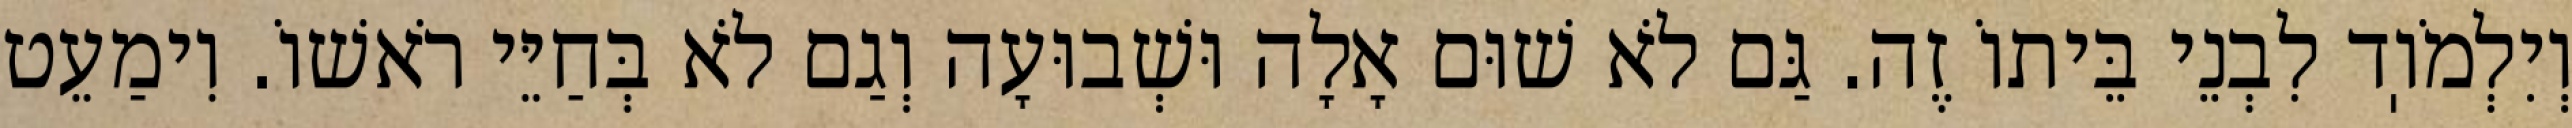
וְיִלְמֹוֽד לִבְנֵי בֵּיתוֹ זֶה. גַּם לֹא שׁוּם אָלָה וּשְׁבוּעָה וְגַם לֹא בְּחַיֵּי רֹאשׁוֹ. וִימַעֵט